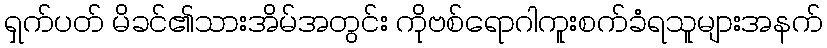
ရှက်ပတ် မိခင်၏သားအိမ်အတွင်း ကိုဗစ်ရောဂါကူးစက်ခံရသူများအနက်